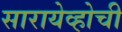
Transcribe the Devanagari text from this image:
सारायेव्होची